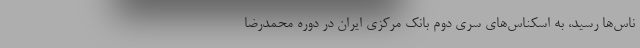
ناس‌ها رسید، به اسکناس‌های سری دوم بانک مرکزی ایران در دوره محمدرضا